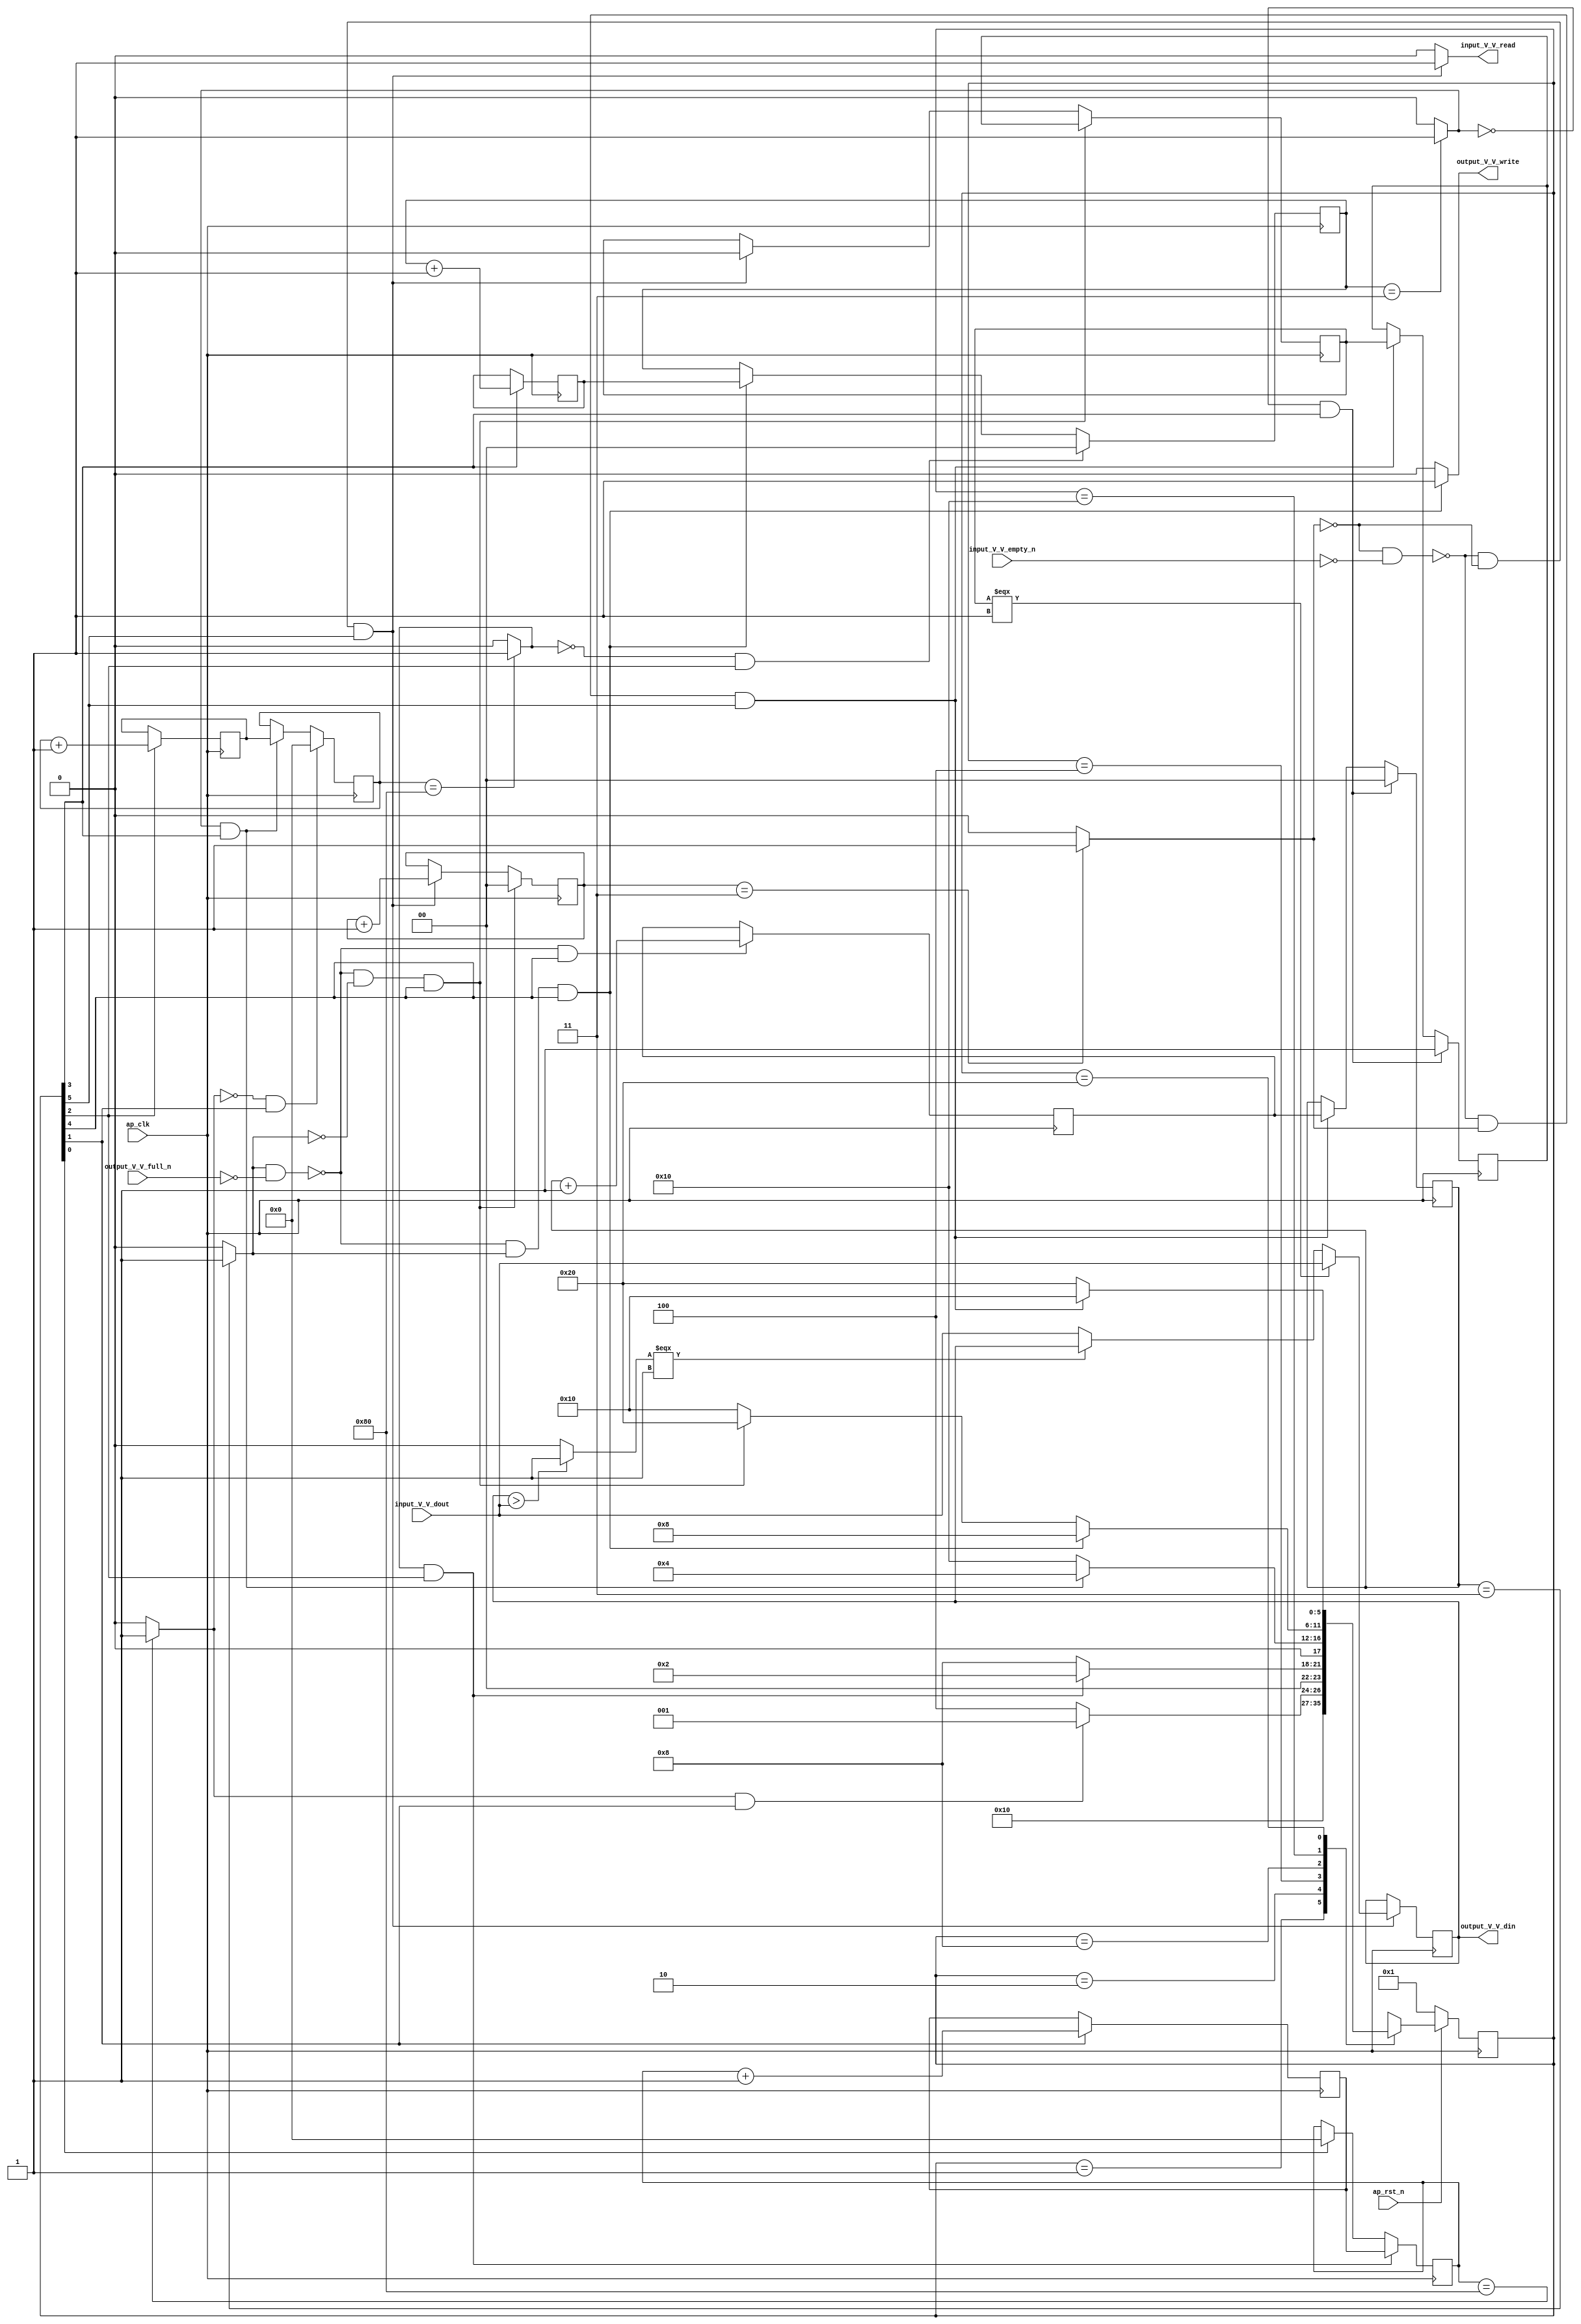
// ==============================================================
// RTL generated by Vivado(TM) HLS - High-Level Synthesis from C, C++ and SystemC
// Version: 2017.4
// Copyright (C) 1986-2017 Xilinx, Inc. All Rights Reserved.
// 
// ===========================================================

`timescale 1 ns / 1 ps 

(* CORE_GENERATION_INFO="maxpool_0,hls_ip_2017_4,{HLS_INPUT_TYPE=cxx,HLS_INPUT_FLOAT=0,HLS_INPUT_FIXED=1,HLS_INPUT_PART=xc7z020clg484-1,HLS_INPUT_CLOCK=10.000000,HLS_INPUT_ARCH=others,HLS_SYN_CLOCK=7.433000,HLS_SYN_LAT=868609,HLS_SYN_TPT=none,HLS_SYN_MEM=0,HLS_SYN_DSP=0,HLS_SYN_FF=66,HLS_SYN_LUT=290}" *)

module maxpool_0 (
        ap_clk,
        ap_rst_n,
        input_V_V_dout,
        input_V_V_empty_n,
        input_V_V_read,
        output_V_V_din,
        output_V_V_full_n,
        output_V_V_write
);

parameter    ap_ST_fsm_state1 = 6'd1;
parameter    ap_ST_fsm_state2 = 6'd2;
parameter    ap_ST_fsm_state3 = 6'd4;
parameter    ap_ST_fsm_state4 = 6'd8;
parameter    ap_ST_fsm_state5 = 6'd16;
parameter    ap_ST_fsm_state6 = 6'd32;

input   ap_clk;
input   ap_rst_n;
input  [15:0] input_V_V_dout;
input   input_V_V_empty_n;
output   input_V_V_read;
output  [15:0] output_V_V_din;
input   output_V_V_full_n;
output   output_V_V_write;

reg input_V_V_read;
reg output_V_V_write;

reg    ap_rst_n_inv;
reg    input_V_V_blk_n;
(* fsm_encoding = "none" *) reg   [5:0] ap_CS_fsm;
wire    ap_CS_fsm_state6;
wire   [0:0] exitcond_fu_225_p2;
reg    output_V_V_blk_n;
wire    ap_CS_fsm_state5;
wire   [0:0] exitcond4_fu_213_p2;
wire   [7:0] hout_1_fu_183_p2;
reg   [7:0] hout_1_reg_273;
wire    ap_CS_fsm_state2;
wire   [7:0] wout_1_fu_195_p2;
reg   [7:0] wout_1_reg_281;
wire    ap_CS_fsm_state3;
wire   [1:0] pout_1_fu_207_p2;
reg   [1:0] pout_1_reg_289;
wire    ap_CS_fsm_state4;
wire   [1:0] hkern_1_fu_219_p2;
reg   [1:0] hkern_1_reg_297;
reg    ap_block_state5;
wire   [1:0] wkern_1_fu_231_p2;
reg    ap_block_state6;
reg   [7:0] hout_reg_93;
wire    ap_CS_fsm_state1;
wire   [0:0] exitcond2_fu_189_p2;
reg   [7:0] wout_reg_104;
wire   [0:0] exitcond3_fu_201_p2;
wire   [0:0] exitcond1_fu_177_p2;
reg   [1:0] pout_reg_115;
reg   [1:0] hkern_reg_126;
reg   [0:0] first_element_reg_137;
reg   [1:0] wkern_reg_149;
reg   [0:0] first_element_1_reg_160;
reg   [15:0] tmp_V_fu_76;
wire   [15:0] max_V_1_fu_251_p3;
wire   [0:0] tmp_4_fu_237_p2;
wire   [15:0] max_V_fu_243_p3;
reg   [5:0] ap_NS_fsm;

// power-on initialization
initial begin
#0 ap_CS_fsm = 6'd1;
end

always @ (posedge ap_clk) begin
    if (ap_rst_n_inv == 1'b1) begin
        ap_CS_fsm <= ap_ST_fsm_state1;
    end else begin
        ap_CS_fsm <= ap_NS_fsm;
    end
end

always @ (posedge ap_clk) begin
    if ((~((exitcond4_fu_213_p2 == 1'd1) & (output_V_V_full_n == 1'b0)) & (exitcond4_fu_213_p2 == 1'd0) & (1'b1 == ap_CS_fsm_state5))) begin
        first_element_1_reg_160 <= first_element_reg_137;
    end else if ((~((exitcond_fu_225_p2 == 1'd0) & (input_V_V_empty_n == 1'b0)) & (exitcond_fu_225_p2 == 1'd0) & (1'b1 == ap_CS_fsm_state6))) begin
        first_element_1_reg_160 <= 1'd0;
    end
end

always @ (posedge ap_clk) begin
    if (((exitcond3_fu_201_p2 == 1'd0) & (1'b1 == ap_CS_fsm_state4))) begin
        first_element_reg_137 <= 1'd1;
    end else if ((~((exitcond_fu_225_p2 == 1'd0) & (input_V_V_empty_n == 1'b0)) & (exitcond_fu_225_p2 == 1'd1) & (1'b1 == ap_CS_fsm_state6))) begin
        first_element_reg_137 <= first_element_1_reg_160;
    end
end

always @ (posedge ap_clk) begin
    if (((exitcond3_fu_201_p2 == 1'd0) & (1'b1 == ap_CS_fsm_state4))) begin
        hkern_reg_126 <= 2'd0;
    end else if ((~((exitcond_fu_225_p2 == 1'd0) & (input_V_V_empty_n == 1'b0)) & (exitcond_fu_225_p2 == 1'd1) & (1'b1 == ap_CS_fsm_state6))) begin
        hkern_reg_126 <= hkern_1_reg_297;
    end
end

always @ (posedge ap_clk) begin
    if (((exitcond2_fu_189_p2 == 1'd1) & (1'b1 == ap_CS_fsm_state3))) begin
        hout_reg_93 <= hout_1_reg_273;
    end else if ((1'b1 == ap_CS_fsm_state1)) begin
        hout_reg_93 <= 8'd0;
    end
end

always @ (posedge ap_clk) begin
    if (((exitcond2_fu_189_p2 == 1'd0) & (1'b1 == ap_CS_fsm_state3))) begin
        pout_reg_115 <= 2'd0;
    end else if ((~((exitcond4_fu_213_p2 == 1'd1) & (output_V_V_full_n == 1'b0)) & (exitcond4_fu_213_p2 == 1'd1) & (1'b1 == ap_CS_fsm_state5))) begin
        pout_reg_115 <= pout_1_reg_289;
    end
end

always @ (posedge ap_clk) begin
    if ((~((exitcond4_fu_213_p2 == 1'd1) & (output_V_V_full_n == 1'b0)) & (exitcond4_fu_213_p2 == 1'd0) & (1'b1 == ap_CS_fsm_state5))) begin
        wkern_reg_149 <= 2'd0;
    end else if ((~((exitcond_fu_225_p2 == 1'd0) & (input_V_V_empty_n == 1'b0)) & (exitcond_fu_225_p2 == 1'd0) & (1'b1 == ap_CS_fsm_state6))) begin
        wkern_reg_149 <= wkern_1_fu_231_p2;
    end
end

always @ (posedge ap_clk) begin
    if (((exitcond1_fu_177_p2 == 1'd0) & (1'b1 == ap_CS_fsm_state2))) begin
        wout_reg_104 <= 8'd0;
    end else if (((exitcond3_fu_201_p2 == 1'd1) & (1'b1 == ap_CS_fsm_state4))) begin
        wout_reg_104 <= wout_1_reg_281;
    end
end

always @ (posedge ap_clk) begin
    if ((~((exitcond4_fu_213_p2 == 1'd1) & (output_V_V_full_n == 1'b0)) & (1'b1 == ap_CS_fsm_state5))) begin
        hkern_1_reg_297 <= hkern_1_fu_219_p2;
    end
end

always @ (posedge ap_clk) begin
    if ((1'b1 == ap_CS_fsm_state2)) begin
        hout_1_reg_273 <= hout_1_fu_183_p2;
    end
end

always @ (posedge ap_clk) begin
    if ((1'b1 == ap_CS_fsm_state4)) begin
        pout_1_reg_289 <= pout_1_fu_207_p2;
    end
end

always @ (posedge ap_clk) begin
    if ((~((exitcond_fu_225_p2 == 1'd0) & (input_V_V_empty_n == 1'b0)) & (exitcond_fu_225_p2 == 1'd0) & (1'b1 == ap_CS_fsm_state6))) begin
        tmp_V_fu_76 <= max_V_1_fu_251_p3;
    end
end

always @ (posedge ap_clk) begin
    if ((1'b1 == ap_CS_fsm_state3)) begin
        wout_1_reg_281 <= wout_1_fu_195_p2;
    end
end

always @ (*) begin
    if (((exitcond_fu_225_p2 == 1'd0) & (1'b1 == ap_CS_fsm_state6))) begin
        input_V_V_blk_n = input_V_V_empty_n;
    end else begin
        input_V_V_blk_n = 1'b1;
    end
end

always @ (*) begin
    if ((~((exitcond_fu_225_p2 == 1'd0) & (input_V_V_empty_n == 1'b0)) & (exitcond_fu_225_p2 == 1'd0) & (1'b1 == ap_CS_fsm_state6))) begin
        input_V_V_read = 1'b1;
    end else begin
        input_V_V_read = 1'b0;
    end
end

always @ (*) begin
    if (((exitcond4_fu_213_p2 == 1'd1) & (1'b1 == ap_CS_fsm_state5))) begin
        output_V_V_blk_n = output_V_V_full_n;
    end else begin
        output_V_V_blk_n = 1'b1;
    end
end

always @ (*) begin
    if ((~((exitcond4_fu_213_p2 == 1'd1) & (output_V_V_full_n == 1'b0)) & (exitcond4_fu_213_p2 == 1'd1) & (1'b1 == ap_CS_fsm_state5))) begin
        output_V_V_write = 1'b1;
    end else begin
        output_V_V_write = 1'b0;
    end
end

always @ (*) begin
    case (ap_CS_fsm)
        ap_ST_fsm_state1 : begin
            ap_NS_fsm = ap_ST_fsm_state2;
        end
        ap_ST_fsm_state2 : begin
            if (((exitcond1_fu_177_p2 == 1'd1) & (1'b1 == ap_CS_fsm_state2))) begin
                ap_NS_fsm = ap_ST_fsm_state1;
            end else begin
                ap_NS_fsm = ap_ST_fsm_state3;
            end
        end
        ap_ST_fsm_state3 : begin
            if (((exitcond2_fu_189_p2 == 1'd1) & (1'b1 == ap_CS_fsm_state3))) begin
                ap_NS_fsm = ap_ST_fsm_state2;
            end else begin
                ap_NS_fsm = ap_ST_fsm_state4;
            end
        end
        ap_ST_fsm_state4 : begin
            if (((exitcond3_fu_201_p2 == 1'd1) & (1'b1 == ap_CS_fsm_state4))) begin
                ap_NS_fsm = ap_ST_fsm_state3;
            end else begin
                ap_NS_fsm = ap_ST_fsm_state5;
            end
        end
        ap_ST_fsm_state5 : begin
            if ((~((exitcond4_fu_213_p2 == 1'd1) & (output_V_V_full_n == 1'b0)) & (exitcond4_fu_213_p2 == 1'd1) & (1'b1 == ap_CS_fsm_state5))) begin
                ap_NS_fsm = ap_ST_fsm_state4;
            end else if ((~((exitcond4_fu_213_p2 == 1'd1) & (output_V_V_full_n == 1'b0)) & (exitcond4_fu_213_p2 == 1'd0) & (1'b1 == ap_CS_fsm_state5))) begin
                ap_NS_fsm = ap_ST_fsm_state6;
            end else begin
                ap_NS_fsm = ap_ST_fsm_state5;
            end
        end
        ap_ST_fsm_state6 : begin
            if ((~((exitcond_fu_225_p2 == 1'd0) & (input_V_V_empty_n == 1'b0)) & (exitcond_fu_225_p2 == 1'd1) & (1'b1 == ap_CS_fsm_state6))) begin
                ap_NS_fsm = ap_ST_fsm_state5;
            end else if ((~((exitcond_fu_225_p2 == 1'd0) & (input_V_V_empty_n == 1'b0)) & (exitcond_fu_225_p2 == 1'd0) & (1'b1 == ap_CS_fsm_state6))) begin
                ap_NS_fsm = ap_ST_fsm_state6;
            end else begin
                ap_NS_fsm = ap_ST_fsm_state6;
            end
        end
        default : begin
            ap_NS_fsm = 'bx;
        end
    endcase
end

assign ap_CS_fsm_state1 = ap_CS_fsm[32'd0];

assign ap_CS_fsm_state2 = ap_CS_fsm[32'd1];

assign ap_CS_fsm_state3 = ap_CS_fsm[32'd2];

assign ap_CS_fsm_state4 = ap_CS_fsm[32'd3];

assign ap_CS_fsm_state5 = ap_CS_fsm[32'd4];

assign ap_CS_fsm_state6 = ap_CS_fsm[32'd5];

always @ (*) begin
    ap_block_state5 = ((exitcond4_fu_213_p2 == 1'd1) & (output_V_V_full_n == 1'b0));
end

always @ (*) begin
    ap_block_state6 = ((exitcond_fu_225_p2 == 1'd0) & (input_V_V_empty_n == 1'b0));
end

always @ (*) begin
    ap_rst_n_inv = ~ap_rst_n;
end

assign exitcond1_fu_177_p2 = ((hout_reg_93 == 8'd128) ? 1'b1 : 1'b0);

assign exitcond2_fu_189_p2 = ((wout_reg_104 == 8'd128) ? 1'b1 : 1'b0);

assign exitcond3_fu_201_p2 = ((pout_reg_115 == 2'd3) ? 1'b1 : 1'b0);

assign exitcond4_fu_213_p2 = ((hkern_reg_126 == 2'd3) ? 1'b1 : 1'b0);

assign exitcond_fu_225_p2 = ((wkern_reg_149 == 2'd3) ? 1'b1 : 1'b0);

assign hkern_1_fu_219_p2 = (hkern_reg_126 + 2'd1);

assign hout_1_fu_183_p2 = (hout_reg_93 + 8'd1);

assign max_V_1_fu_251_p3 = ((first_element_1_reg_160[0:0] === 1'b1) ? input_V_V_dout : max_V_fu_243_p3);

assign max_V_fu_243_p3 = ((tmp_4_fu_237_p2[0:0] === 1'b1) ? tmp_V_fu_76 : input_V_V_dout);

assign output_V_V_din = tmp_V_fu_76;

assign pout_1_fu_207_p2 = (pout_reg_115 + 2'd1);

assign tmp_4_fu_237_p2 = (($signed(tmp_V_fu_76) > $signed(input_V_V_dout)) ? 1'b1 : 1'b0);

assign wkern_1_fu_231_p2 = (wkern_reg_149 + 2'd1);

assign wout_1_fu_195_p2 = (wout_reg_104 + 8'd1);

endmodule //maxpool_0